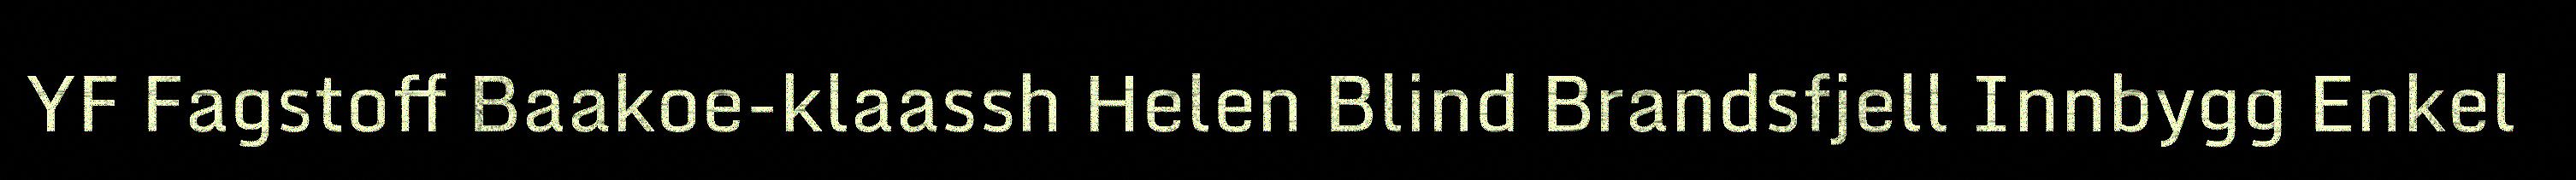
YF Fagstoff Baakoe-klaassh Helen Blind Brandsfjell Innbygg Enkel